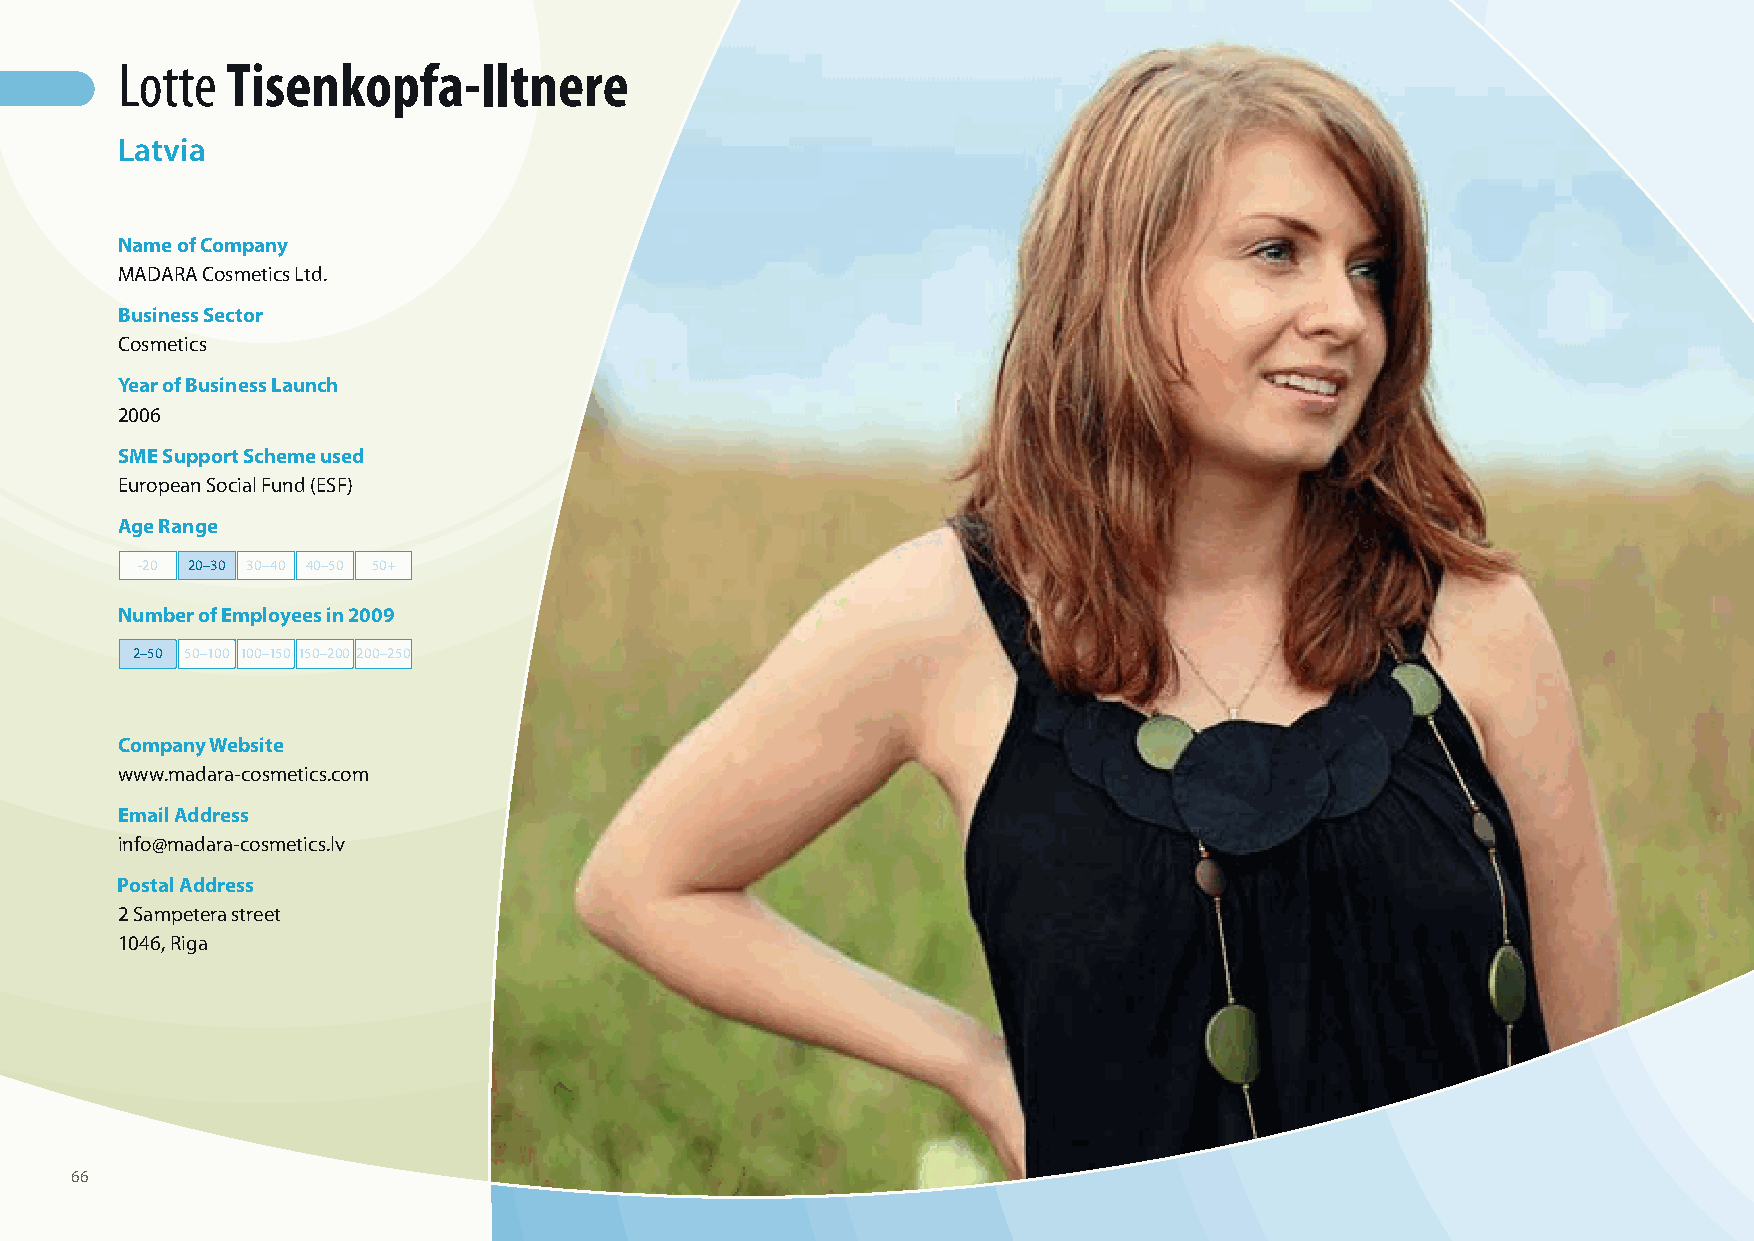
Lotte  Tisenkopfa-Iltnere
 Latvia
 Name of Company
 MADARA Cosmetics Ltd.
 Business Sector
 Cosmetics
 Year of Business Launch
 2006
 SME Support Scheme used
 European Social Fund (ESF)
 Age Range
 -20 20–30 30–40 40–50 50+
 Number of Employees in 2009
 2–50 50–100 100–150 150–200 200–250
 Company Website
 www.madara-cosmetics.com
 Email Address
 info@madara-cosmetics.lv
 Postal Address
 2 Sampetera street
 1046, Riga
 66
 100426_SMEweek_broch_A4quer_hw.indd 66                                                                   27.04.2010 9:15:04 Uhr